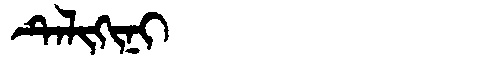
Manchu: ᡨᡝᠯᡳᡴᡳᠨᡳ
Romanization: TELIKINI